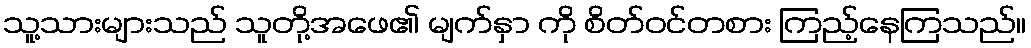
သူ့သားများသည် သူတို့အဖေ၏ မျက်နှာ ကို စိတ်ဝင်တစား ကြည့်နေကြသည်။